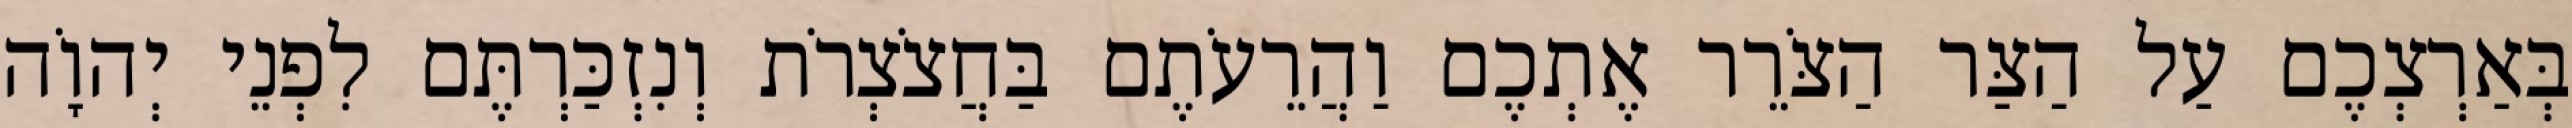
בְּאַרְצְכֶם עַל הַצַּר הַצֹּרֵר אֶתְכֶם וַהֲרֵעֹתֶם בַּחֲצֹצְרֹת וְנִזְכַּרְתֶּם לִפְנֵי יְהוָֹה